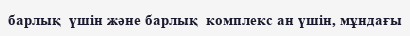
барлық  үшін және барлық  комплекс ан үшін, мұндағы